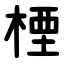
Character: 㮒